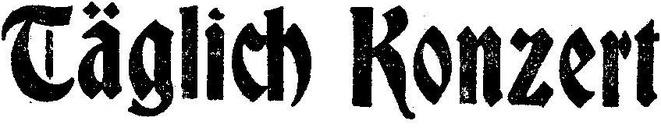
Täglich Konzert